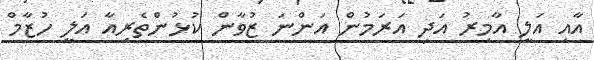
އާއި އަލީ އާމިރު އަދި އަރަމުން އަންނަ ޒުވާން ކުޅުންތެރިއާ އަލީ ހުޒާމް